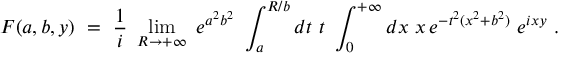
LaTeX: F ( a , b , y ) \ = \ \frac { 1 } { i } \ \operatorname * { l i m } _ { R \to + \infty } \ e ^ { a ^ { 2 } b ^ { 2 } } \ \int _ { a } ^ { R / b } d t \ t \ \int _ { 0 } ^ { + \infty } d x \ x \, e ^ { - t ^ { 2 } ( x ^ { 2 } + b ^ { 2 } ) } \ e ^ { i x y } \ .